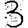
Digit: 3